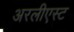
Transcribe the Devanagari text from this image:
अरलीएस्ट